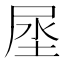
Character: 𰍻